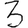
Digit: 3